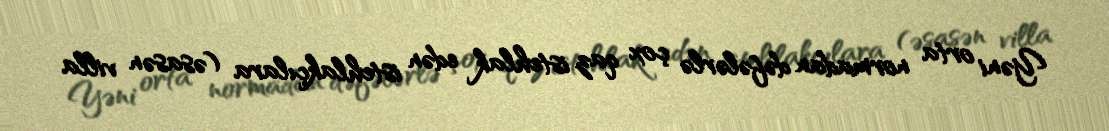
Yəni orta normadan dəfələrlə çox qaz istehlak edən istehlakçılara (əsasən villa